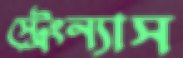
স্ট্রেংন্যাস